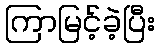
ကြာမြင့်ခဲ့ပြီး